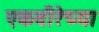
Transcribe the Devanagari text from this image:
एकवीरेच्या